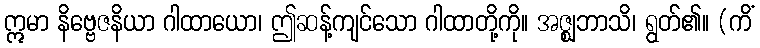
ဣမာ နိဗ္ဗေဇနိယာ ဂါထာယော၊ ဤဆန့်ကျင်သော ဂါထာတို့ကို။ အဇ္ဈဘာသိ၊ ရွတ်၏။ (ကိံ